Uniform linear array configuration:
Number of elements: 24
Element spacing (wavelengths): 0.5
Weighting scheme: binomial
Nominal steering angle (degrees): -30
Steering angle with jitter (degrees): -31.236
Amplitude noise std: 0.05
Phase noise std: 0.05

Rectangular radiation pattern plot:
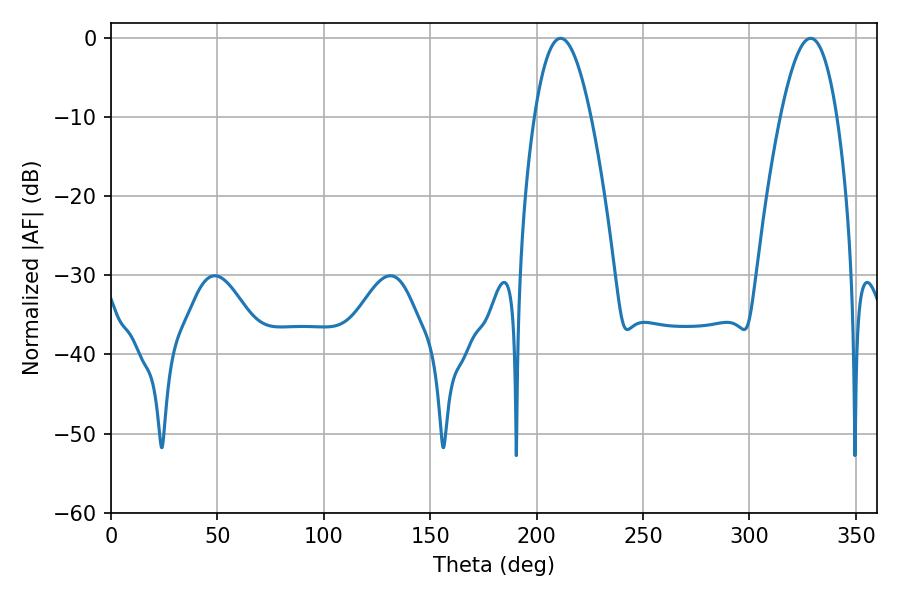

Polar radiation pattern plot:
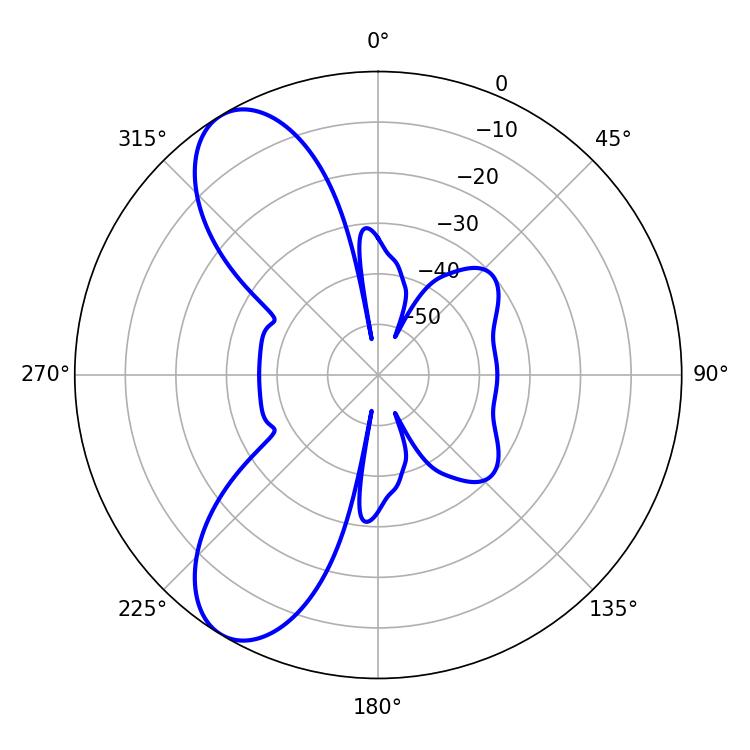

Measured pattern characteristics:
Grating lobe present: FALSE
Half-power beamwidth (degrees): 14.4
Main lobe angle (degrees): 211.32